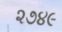
૨૭૪૯